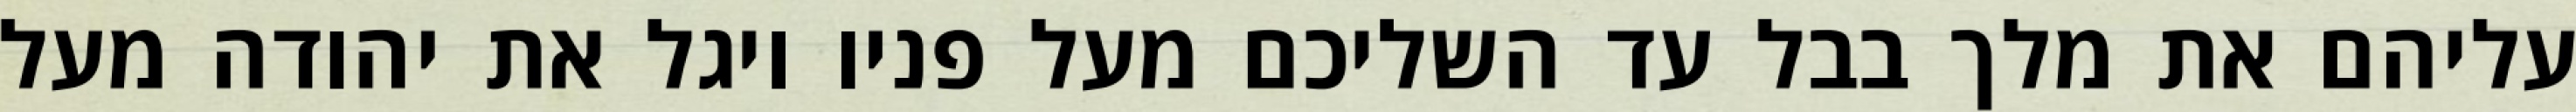
עליהם את מלך בבל עד השליכם מעל פניו ויגל את יהודה מעל